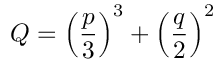
Q = \left( \frac { p } { 3 } \right) ^ { 3 } + \left( \frac { q } { 2 } \right) ^ { 2 }